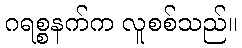
ဂရစ္စနက်က လူစစ်သည်။